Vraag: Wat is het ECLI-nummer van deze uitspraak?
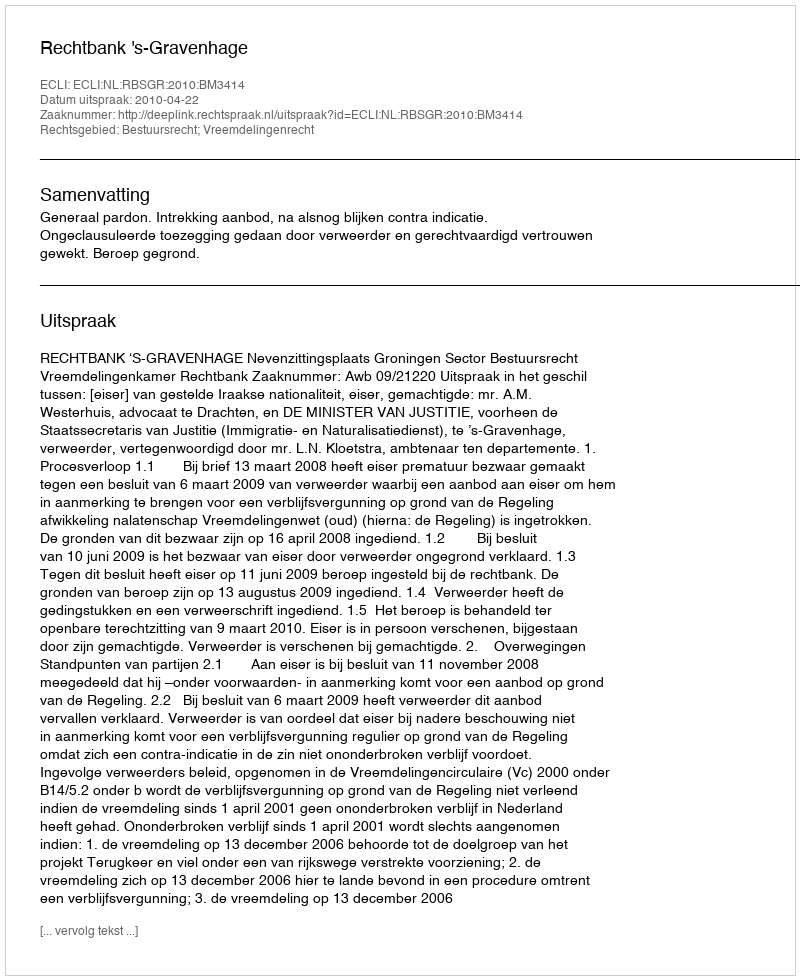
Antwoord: ECLI:NL:RBSGR:2010:BM3414